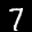
Label: 7